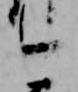
今